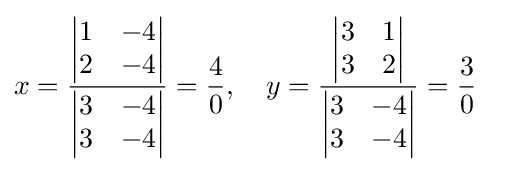
{\begin{aligned}x&={\frac {\begin{vmatrix}1&-4\\{2}&-4\end{vmatrix}}{\begin{vmatrix}3&-4\\3&-4\end{vmatrix}}}={4 \over 0},\quad y={\frac {\begin{vmatrix}3&1\\3&{2}\end{vmatrix}}{\begin{vmatrix}3&-4\\3&-4\end{vmatrix}}}={3 \over 0}\end{aligned}}